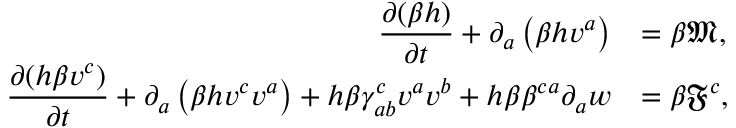
\begin{array} { r l } { \displaystyle \frac { \partial ( \beta h ) } { \partial t } + \partial _ { a } \left( \beta h v ^ { a } \right) } & { = \beta \mathfrak { M } , } \\ { \displaystyle \frac { \partial ( h \beta v ^ { c } ) } { \partial t } + \partial _ { a } \left( \beta h v ^ { c } v ^ { a } \right) + h \beta \gamma _ { a b } ^ { c } v ^ { a } v ^ { b } + h \beta \beta ^ { c a } \partial _ { a } { w } } & { = \beta \mathfrak { F } ^ { c } , } \end{array}